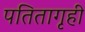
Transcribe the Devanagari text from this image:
पतितागृही